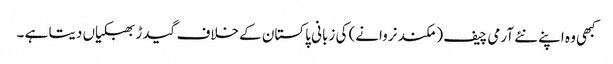
کبھی وہ اپنے نئے آرمی چیف ( مکند نروانے) کی زبانی پاکستان کے خلاف گیدڑ بھبکیاں دیتا ہے ۔